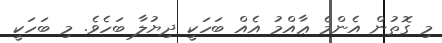
މި ގޮތުން އެންމެ ޢާއްމު އެއް ބަހަކީ ދިޔުލާ ބަހެވެ. މި ބަހަކީ